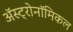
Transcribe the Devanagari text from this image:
अॅस्ट्रोनॉमिकल